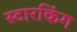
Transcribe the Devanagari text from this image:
स्‍टारकिंग